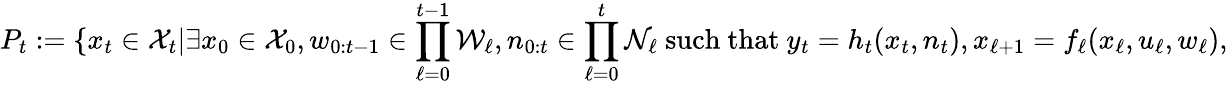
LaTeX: P_{t}:=\{ x_{t}\in\mathcal{X}_{t}|\exists x_{0}\in\mathcal{X}_{0},w_{0:t-1}\in\prod_{\ell=0}^{t-1}\mathcal{W}_{\ell},n_{0:t}\in\prod_{\ell=0}^{t}\mathcal{N}_{\ell}\mathrm{~such~that~}y_{t}=h_{t}(x_{t},n_{t}),x_{\ell+1}=f_{\ell}(x_{\ell},u_{\ell},w_{\ell}),